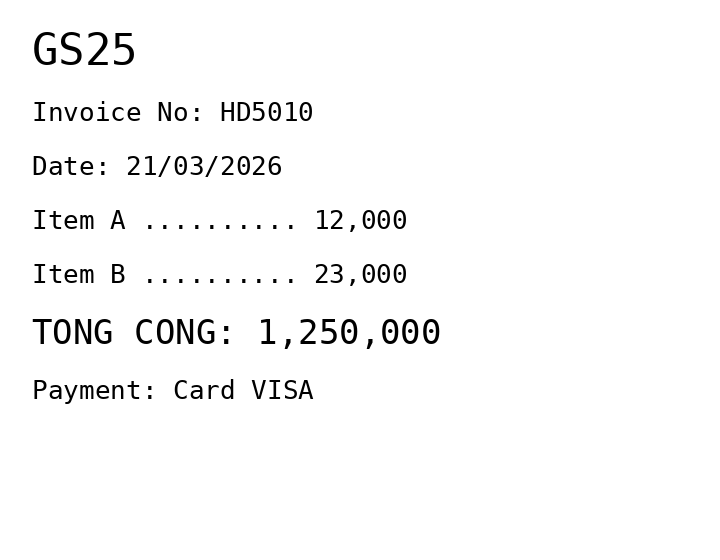
GS25
Invoice No: HD5010
Date: 21/03/2026
Item A .......... 12,000
Item B .......... 23,000
TONG CONG: 1,250,000
Payment: Card VISA
Merchant: gs25
Date: 2026-03-21
Total: 1250000
Invoice No: HD5010
Payment method: CARD